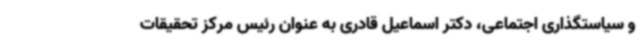
و سیاستگذاری اجتماعی، دکتر اسماعیل قادری به عنوان رئیس مرکز تحقیقات